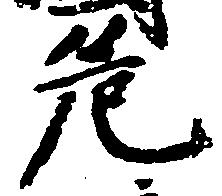
危